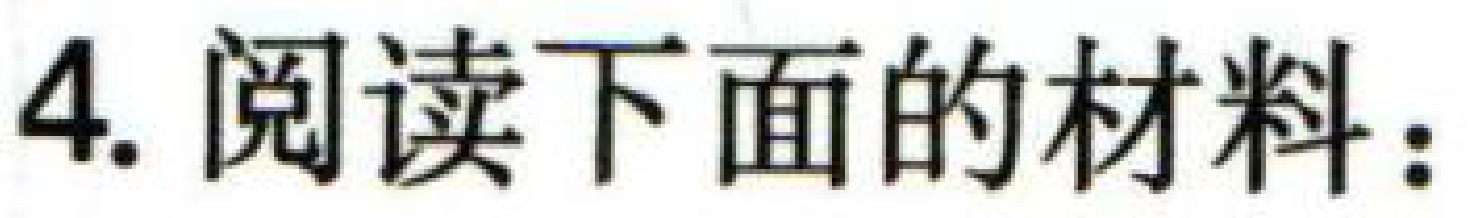
4. 阅读下面的材料：